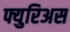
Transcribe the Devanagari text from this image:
फ्युरिअस